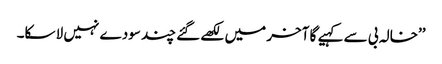
’’خالہ بی سے کہیے گا آخر میں لکھے گئے چند سودے نہیں لا سکا۔